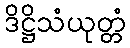
ဒိဋ္ဌိသံယုတ္တံ